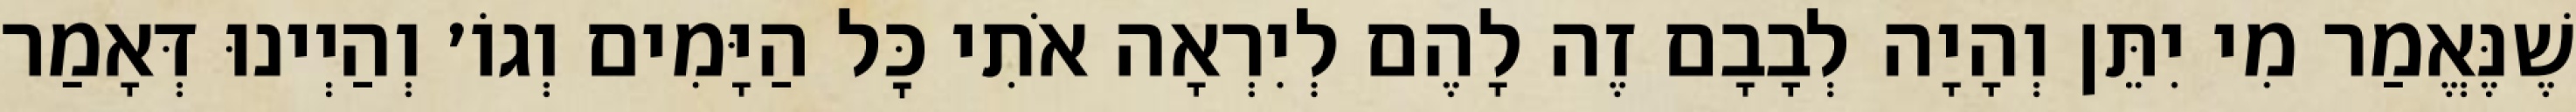
שֶׁנֶּאֱמַר מִי יִתֵּן וְהָיָה לְבָבָם זֶה לָהֶם לְיִרְאָה אֹתִי כׇּל הַיָּמִים וְגוֹ׳ וְהַיְינוּ דְּאָמַר